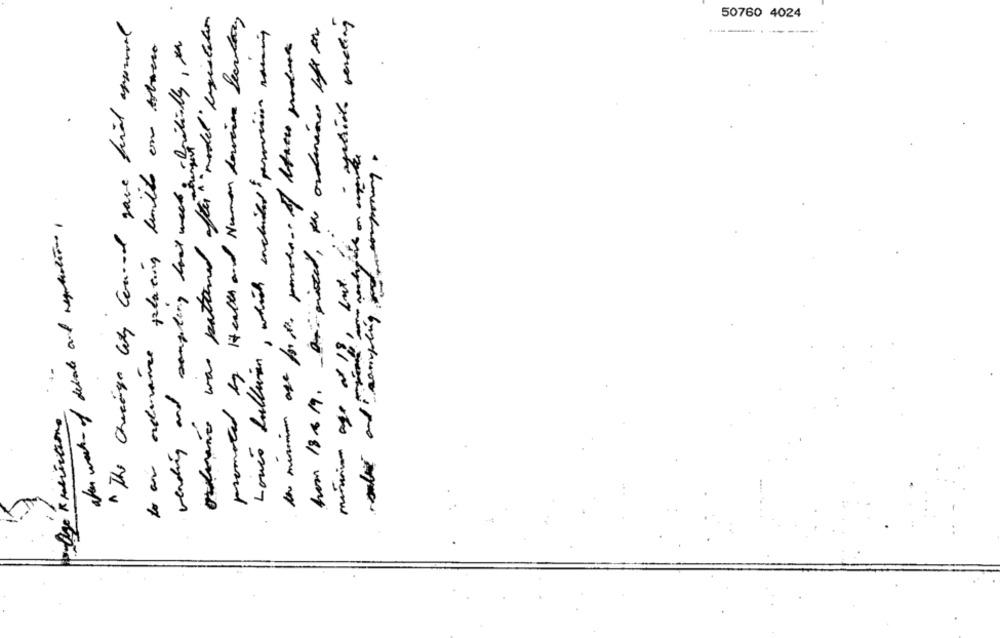
"" model legislation
promoted by Health and Human Lorain Secular,
" The Chicago City Cound gave final approval
hom 18 0 9. - argisted, the ordinare life in
50760 4024
Loués bolleren, which included provision naming
to ai ordinance placing lindo on sobrero
vending and sampling last week with
sampling temporary.
ordine was patand for
after week- of debate and regulations,